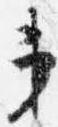
第